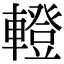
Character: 𨎤